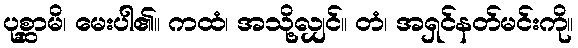
ပုစ္ဆာမိ၊ မေးပါ၏။ ကထံ၊ အသို့လျှင်။ တံ၊ အရှင်နတ်မင်းကို။